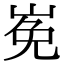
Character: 𡸊